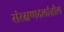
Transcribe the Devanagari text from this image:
संरक्षणदलांतील